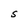
Character: S